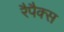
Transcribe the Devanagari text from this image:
रैपैक्स